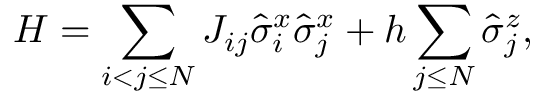
H = \sum _ { i < j \leq N } J _ { i j } \hat { \sigma } _ { i } ^ { x } \hat { \sigma } _ { j } ^ { x } + h \sum _ { j \leq N } \hat { \sigma } _ { j } ^ { z } ,